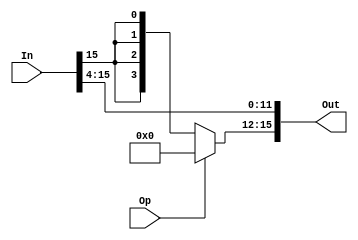
/*
    shift/rotate the input to the right by four bits
    Op is 1, shift
    Op is 0, rotate
 */
module rght_shifter_4 (In, Op, Out);
    parameter   N = 16;
   	parameter	  B = 4;

   	input[N-1:0]    In;
   	input			      Op;
   	output[N-1:0]   Out;

   	// B bits of 0
   	wire[B-1:0] b0 = {B{1'b0}};
    // shift/rotate the input by B bits
    assign Out = {Op ? b0 : {B{In[N-1]}}, In[N-1:B]};
endmodule